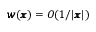
{ \pmb w } ( { \pmb x } ) = O ( 1 / | { \pmb x } | )